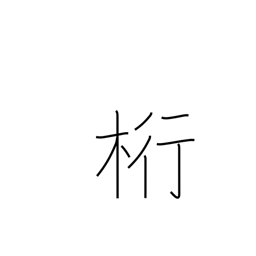
Meaning: unit or column (accounting)